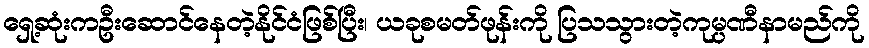
ရှေ့ဆုံးကဦးဆောင်နေတဲ့နိုင်ငံဖြစ်ပြီး၊ ယခုစမတ်ဖုန်းကို ပြသသွားတဲ့ကုမ္ပဏီနာမည်ကို